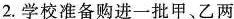
2.学校准备购进一批甲、乙两